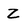
Character: Z